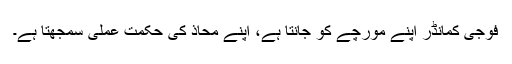
فوجی کمانڈر اپنے مورچے کو جانتا ہے، اپنے محاذ کی حکمت عملی سمجھتا ہے۔